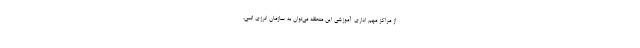
از مراکز مهم اداری-آموزشی این منطقه می‌توان به سازمان انرژی اتمی،